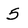
Character: 5